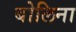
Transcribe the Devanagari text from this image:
बोलिना